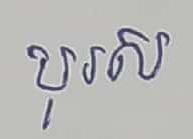
បុរស